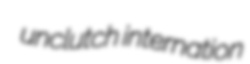
unclutch internation